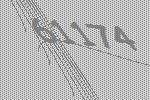
61174